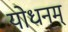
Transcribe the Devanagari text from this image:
योधनम्